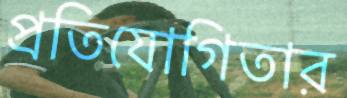
প্রতিযোগিতার